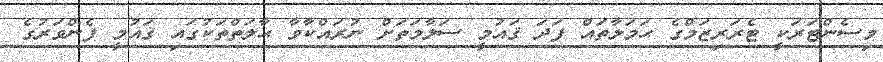
މިސެންޓަރަކީ ޓެރަރިޒަމްގެ ޙަމަލާތައް ފަދަ ޤައުމީ ސަލާމަތަށް ނުރައްކާވާ ޙާލަތްތަކުގައި ޤައުމީ ފެންވަރުގެ